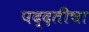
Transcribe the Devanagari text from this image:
पद्दतीचा